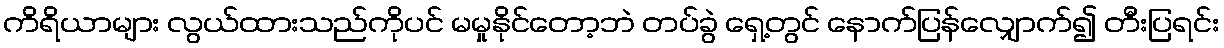
ကိရိယာများ လွယ်ထားသည်ကိုပင် မမှုနိုင်တော့ဘဲ တပ်ခွဲ ရှေ့တွင် နောက်ပြန်လျှောက်၍ တီးပြရင်း